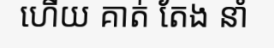
ហើយ គាត់ តែង នាំ